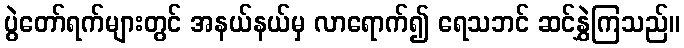
ပွဲတော်ရက်များတွင် အနယ်နယ်မှ လာရောက်၍ ရေသဘင် ဆင်နွှဲကြသည်။